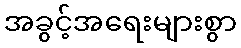
အခွင့်အရေးများစွာ